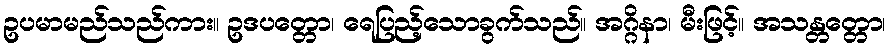
ဥပမာမည်သည်ကား။ ဥဒပတ္တော၊ ရေပြည့်သောခွက်သည်။ အဂ္ဂိနာ၊ မီးဖြင့်။ အသန္တတ္တော၊